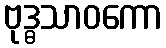
ဗုဒ္ဓသာဝကော